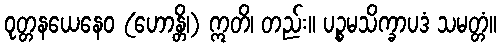
ဝုတ္တနယေနေဝ (ဟောန္တိ၊) ဣတိ၊ တည်း။ ပဉ္စမသိက္ခာပဒံ သမတ္တံ။